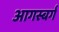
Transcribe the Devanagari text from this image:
आगस्बर्ग